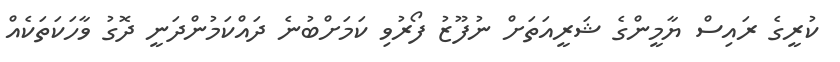
ކުރީގެ ރައިސް ޔާމީންގެ ޝަރީއަތަށް ނުފޫޒު ފޯރުވި ކަމަށްބުނެ ދައްކަމުންދަނީ ދޮގު ވާހަކަތަކެއް